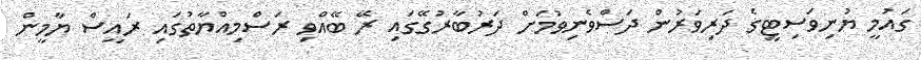
ގައުމީ ޔުނިވަސިޓީގެ ދަރިވަރުން ދަސްވެނިވުމަށް ދަރުބާރުގޭގައި ރޭ ބޭއްވި ރަސްމިއްޔާތުގައި ރައީސް ޔާމީން